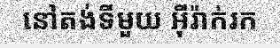
នៅតង់ទីមួយ អ៊ីរ៉ាក់រក